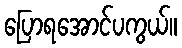
ပြောရအောင်ပကွယ်။